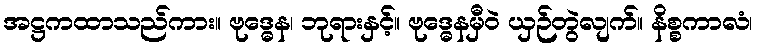
အဋ္ဌကထာသည်ကား။ ဗုဒ္ဓေန၊ ဘုရားနှင့်။ ဗုဒ္ဓေနမှီဝဲ ယှဉ်တွဲလျက်။ နိစ္စကာလံ၊